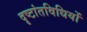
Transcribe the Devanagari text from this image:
दृष्टांतविधियों